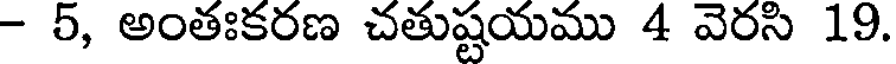
- 5, అంతఃకరణ చతుష్టయము 4 వెరసి 19.